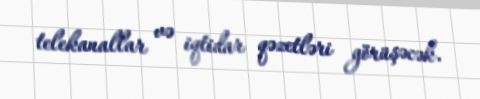
telekanallar və iqtidar qəzetləri görüşəcək.